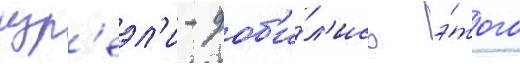
изр'еэл'и - доб'и́л'ись э́того